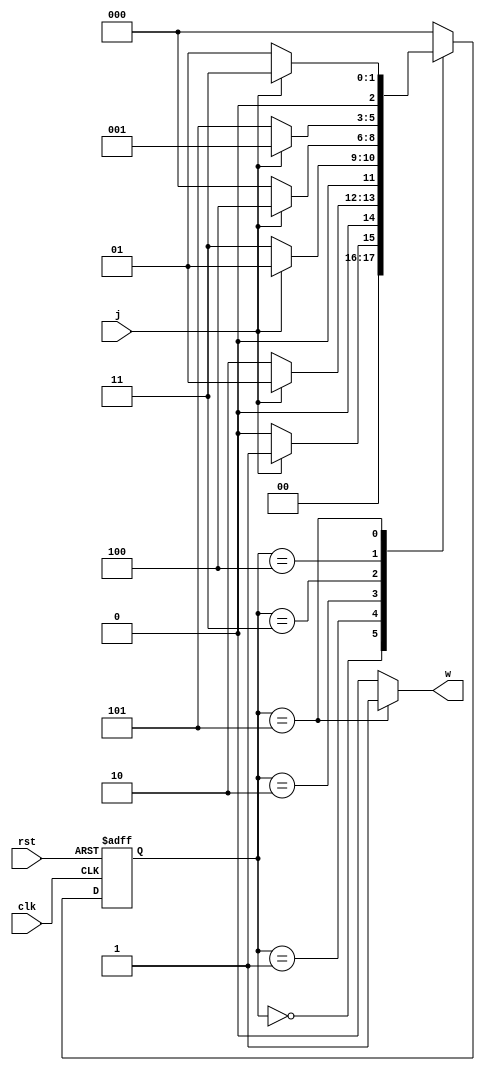
`timescale 1ns/1ns
module moore10010 (input clk,rst,j, output w);
    reg [2:0] ns,ps;
    parameter [2:0] A=3'd0, B=3'd1, C=3'd2, D=3'd3, E=3'd4, F=3'd5;
    always @ (ps,j) begin
        ns = A;
        case(ps)
            A: ns = j ? B : A;
            B: ns = j ? B : C;
            C: ns = j ? B : D;
            D: ns = j ? E : A;
            E: ns = j ? B : F;
            F: ns = j ? D : B;
            default: ns = A;
        endcase
    end
    assign w = (ps==F) ? 1'b1 : 1'b0;
    always @ (posedge clk,posedge rst) begin
        if(rst) ps <= A;
        else ps <= ns;
    end
endmodule